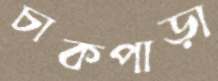
চাকপাড়া